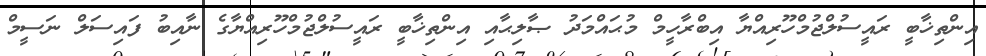
އިންތިޚާބީ ރައީސުލްޖުމްހޫރިއްޔާ އިބްރާހީމް މުޙައްމަދު ޞާލިޙާއި އިންތިޚާބީ ރައީސުލްޖުމްހޫރިއްޔާގެ ނާއިބު ފައިސަލް ނަސީމް